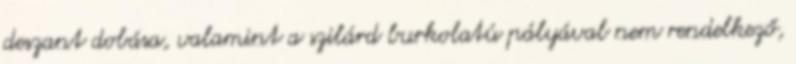
deszant dobása, valamint a szilárd burkolatú pályával nem rendelkező,